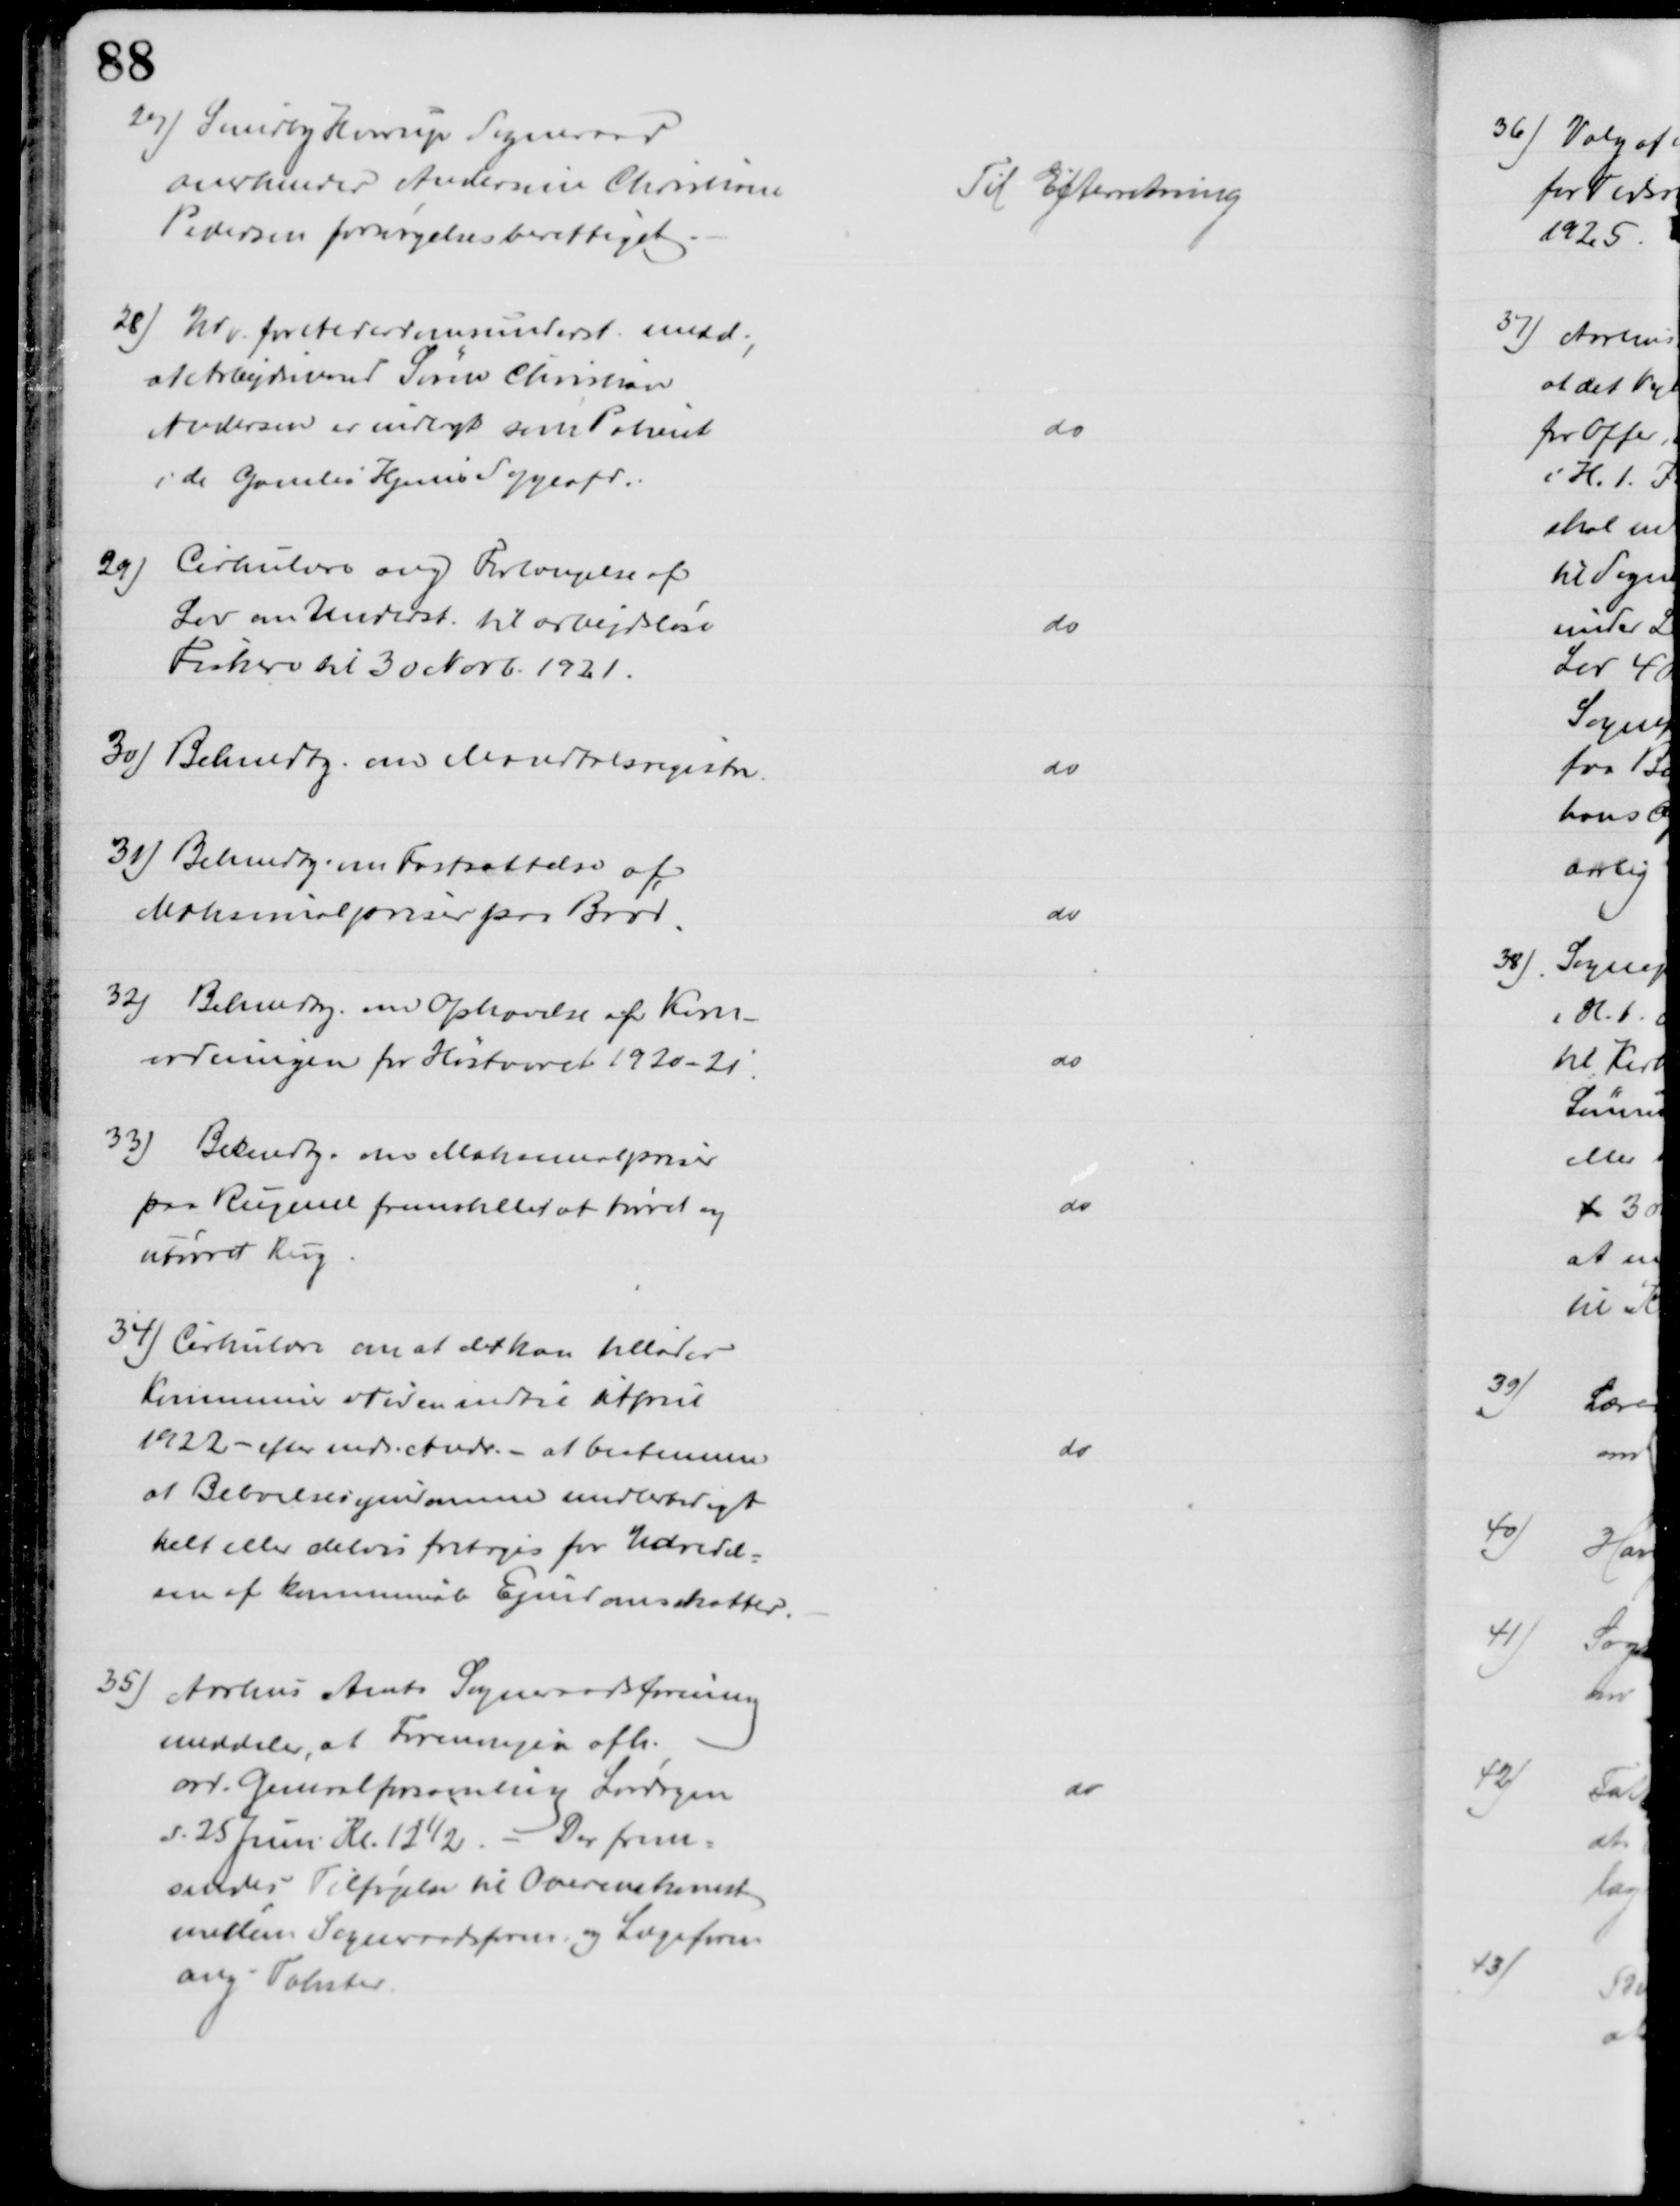
Transskription:
29) Sundby Hvorup Sogneraad
anerkender Andersine Christiane
Pedersen forsørgelsesberettiget
Til Efterretning
28) Udv. for Alderdomsunderst. medd.,
at Arbejdsmand Søren Christian
Andersen er indlagt som Patient
i de Gamles Hjems Sygeafd.
do
29) Cirkulære ang Forlængelse af
Lov om Underst. til arbejdløse
Fiskere til 30 Novb. 1921.
do
30) Bekendtg. om Mandtalsregistre
do
31) Bekendtg. om Fastsættelse af
Maksimalpriser paa Brød.
do
32) Bekendtg. om Ophævelse af Korn-
ordningen for Høstaaret 1920-21
do
33) Bekendtg. om Maksimalpriser
paa Rugmel fremstillet at tørret og
utørret Rug
do
34) Cirkulære om at det kan tillades
Kommuner i Tiden indtil 1 April
1922 - efter inds. Andr. - at bestemme
at Beboelsesejendomme midlertidigt
helt eller delvis fritages for Udredel-
sen af kommunale Ejendomsskatter.
do
35) Aarhus Amts Sogneraadsforening
meddeler, at Foreningen afh.
ord. Generalforsamling Lørdagen
d. 25 Juni Kl. 12½. - Der frem=
sendes Tilføjelse til Overenskomst
mellem Sogneraadsforen. og Lægeforen
ang. Takster
do